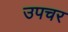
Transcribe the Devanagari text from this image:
उपचर